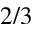
2 / 3